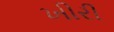
ખીરી